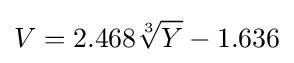
V=2.468{\sqrt[{3}]{Y}}-1.636